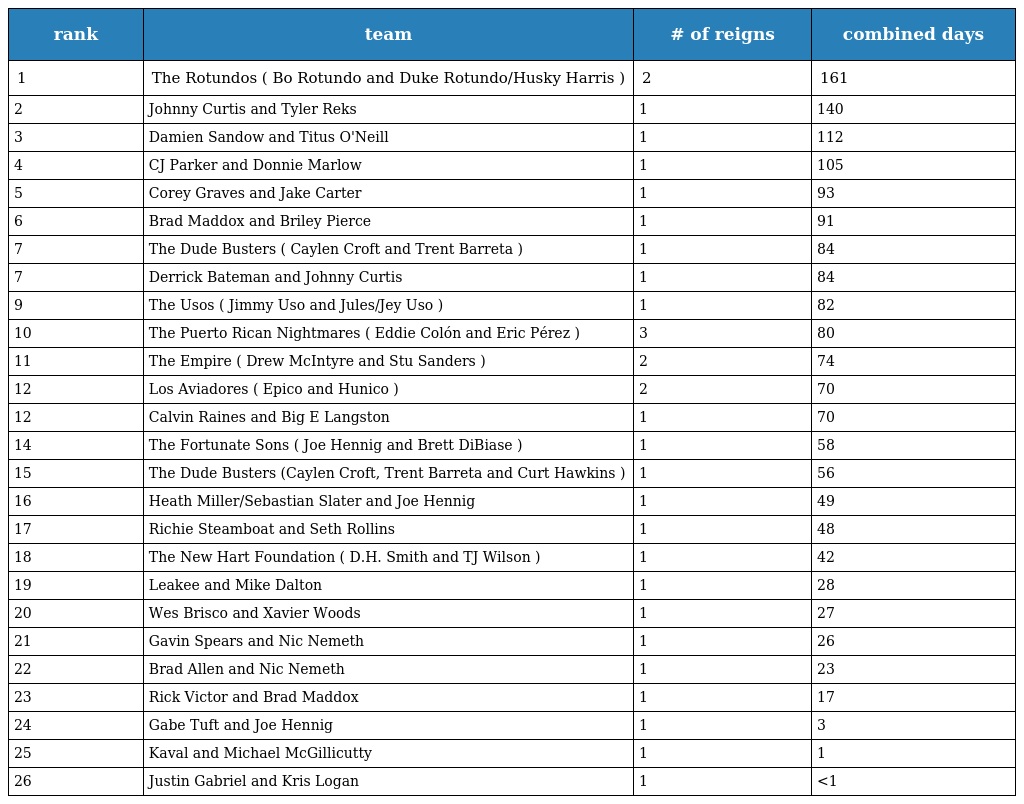
| rank | team | # of reigns | combined days |
 | --- | --- | --- | --- |
 | 1 | The Rotundos ( Bo Rotundo and Duke Rotundo/Husky Harris ) | 2 | 161 |
 | 2 | Johnny Curtis and Tyler Reks | 1 | 140 |
 | 3 | Damien Sandow and Titus O'Neill | 1 | 112 |
 | 4 | CJ Parker and Donnie Marlow | 1 | 105 |
 | 5 | Corey Graves and Jake Carter | 1 | 93 |
 | 6 | Brad Maddox and Briley Pierce | 1 | 91 |
 | 7 | The Dude Busters ( Caylen Croft and Trent Barreta ) | 1 | 84 |
 | 7 | Derrick Bateman and Johnny Curtis | 1 | 84 |
 | 9 | The Usos ( Jimmy Uso and Jules/Jey Uso ) | 1 | 82 |
 | 10 | The Puerto Rican Nightmares ( Eddie Colón and Eric Pérez ) | 3 | 80 |
 | 11 | The Empire ( Drew McIntyre and Stu Sanders ) | 2 | 74 |
 | 12 | Los Aviadores ( Epico and Hunico ) | 2 | 70 |
 | 12 | Calvin Raines and Big E Langston | 1 | 70 |
 | 14 | The Fortunate Sons ( Joe Hennig and Brett DiBiase ) | 1 | 58 |
 | 15 | The Dude Busters (Caylen Croft, Trent Barreta and Curt Hawkins ) | 1 | 56 |
 | 16 | Heath Miller/Sebastian Slater and Joe Hennig | 1 | 49 |
 | 17 | Richie Steamboat and Seth Rollins | 1 | 48 |
 | 18 | The New Hart Foundation ( D.H. Smith and TJ Wilson ) | 1 | 42 |
 | 19 | Leakee and Mike Dalton | 1 | 28 |
 | 20 | Wes Brisco and Xavier Woods | 1 | 27 |
 | 21 | Gavin Spears and Nic Nemeth | 1 | 26 |
 | 22 | Brad Allen and Nic Nemeth | 1 | 23 |
 | 23 | Rick Victor and Brad Maddox | 1 | 17 |
 | 24 | Gabe Tuft and Joe Hennig | 1 | 3 |
 | 25 | Kaval and Michael McGillicutty | 1 | 1 |
 | 26 | Justin Gabriel and Kris Logan | 1 | <1 |